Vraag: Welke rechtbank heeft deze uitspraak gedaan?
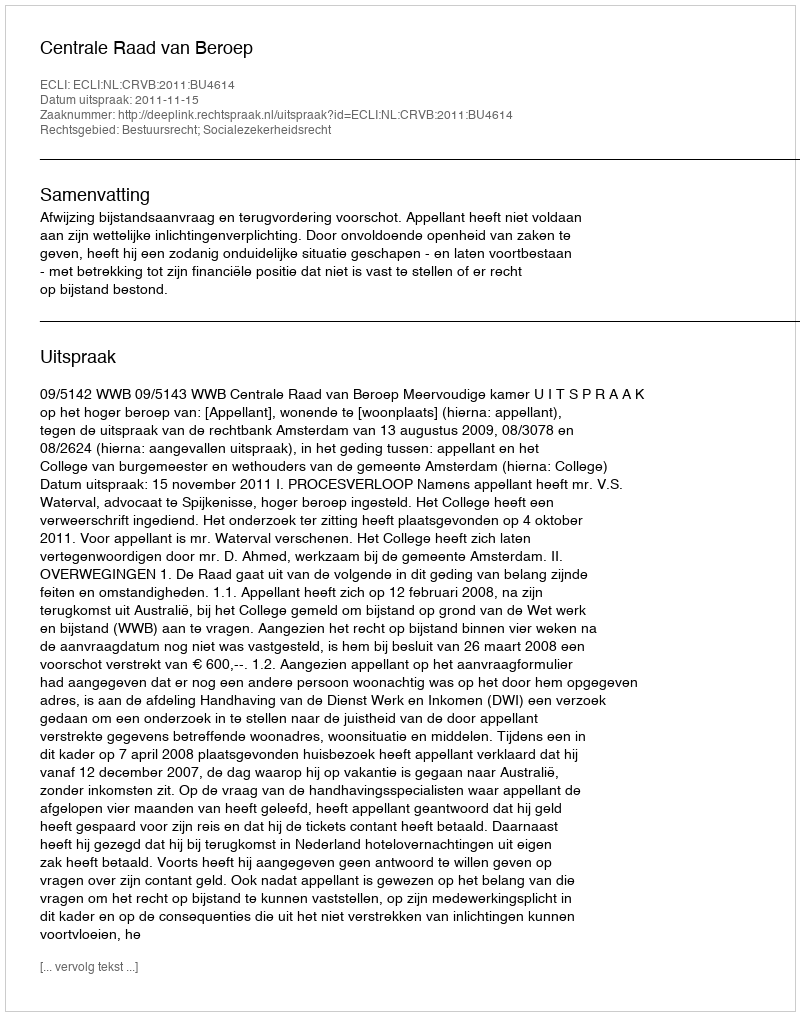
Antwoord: Centrale Raad van Beroep